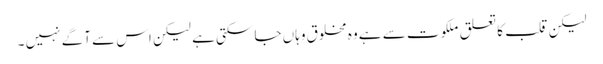
لیکن قلب کا تعلق ملکوت سے ہے وہ مخلوق وہاں جا سکتی ہے لیکن اس سے آگے نہیں ۔